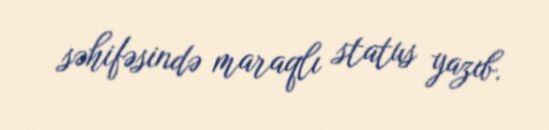
səhifəsində maraqlı status yazıb.